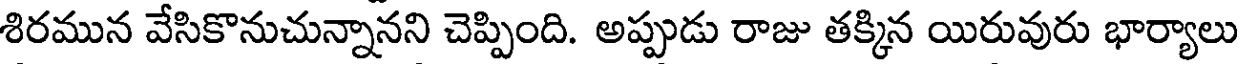
శిరమున వేసికొనుచున్నానని చెప్పింది. అప్పుడు రాజు తక్కిన యిరువురు భార్యాలు